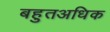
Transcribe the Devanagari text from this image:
बहुतअधिक